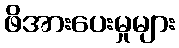
ဖိအားပေးမှုများ